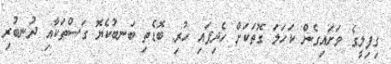
ގިފިލީގެ ވަށައިގެން ކަހަލަ ގޮތަކަށް ހެދިފައި ހުރި ބޮޑެތި ބަނބުކެޔޮ ގަސްތަކާއި ދުނބުރި